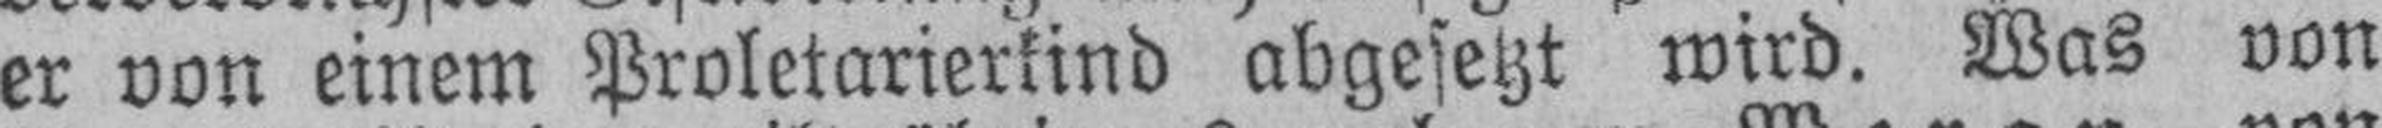
er von einem Proletarierkind abgesetzt wird. Was von